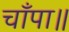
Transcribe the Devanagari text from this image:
चाँपा॥